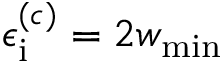
\epsilon _ { \mathrm { i } } ^ { ( c ) } = 2 w _ { \mathrm { m i n } }